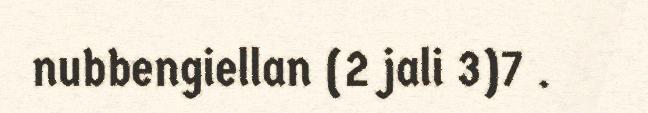
nubbengiellan (2 jali 3)7 .